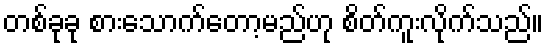
တစ်ခုခု စားသောက်တော့မည်ဟု စိတ်ကူးလိုက်သည်။